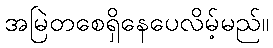
အမြဲတစေရှိနေပေလိမ့်မည်။